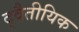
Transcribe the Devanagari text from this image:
द्वैतीयिक